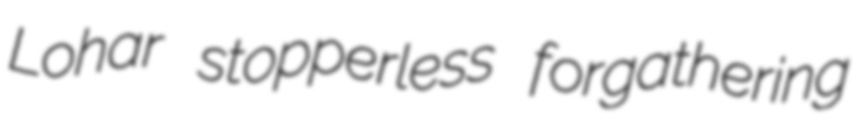
Lohar stopperless forgathering